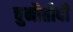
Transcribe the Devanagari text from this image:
चुनौतीदी